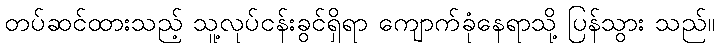
တပ်ဆင်ထားသည့် သူ့လုပ်ငန်းခွင်ရှိရာ ကျောက်ခုံနေရာသို့ ပြန်သွား သည်။